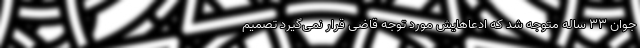
جوان ۳۳ ساله متوجه شد که ادعاهایش مورد توجه قاضی قرار نمی‌گیرد تصمیم